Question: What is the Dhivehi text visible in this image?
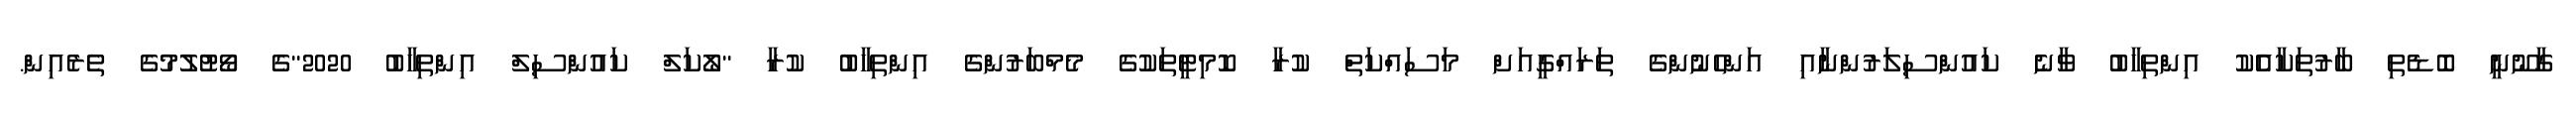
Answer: ގާނޫނީ ބޮޑެތި ބާރުތަކާއެެކު އިންތިހާބު ވާނެ ކައުންސިލަރުންނާއި އަންހެނުންގެ ތަރައްގީއަށް މަސައްކަތް ކުރާ ކޮމިޓީތަކުގެ މެމްބަރުންގެ އިންތިހާބު ކުރާ "ލޯކަލް ކައުންސިލް އިންތިހާބު 2020"ގެ ވޯޓުލުމުގެ ތެރެއިން.